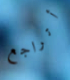
أتراجع